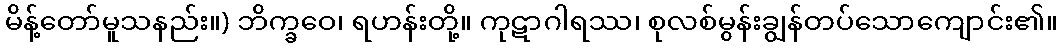
မိန့်တော်မူသနည်း။) ဘိက္ခဝေ၊ ရဟန်းတို့။ ကုဋာဂါရဿ၊ စုလစ်မွန်းချွန်တပ်သောကျောင်း၏။